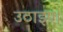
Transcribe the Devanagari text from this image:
उठाइए।